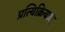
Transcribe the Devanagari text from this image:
प्रत्यिक्रियाएं